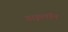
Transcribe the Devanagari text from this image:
डाइलॉन